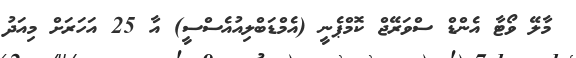
މާލޭ ވޯޓާ އެންޑް ސްވަރޭޖް ކޮމްޕެނީ (އެމްޑަބްލިއުއެސްސީ) އާ 25 އަހަރަށް މިއަދު